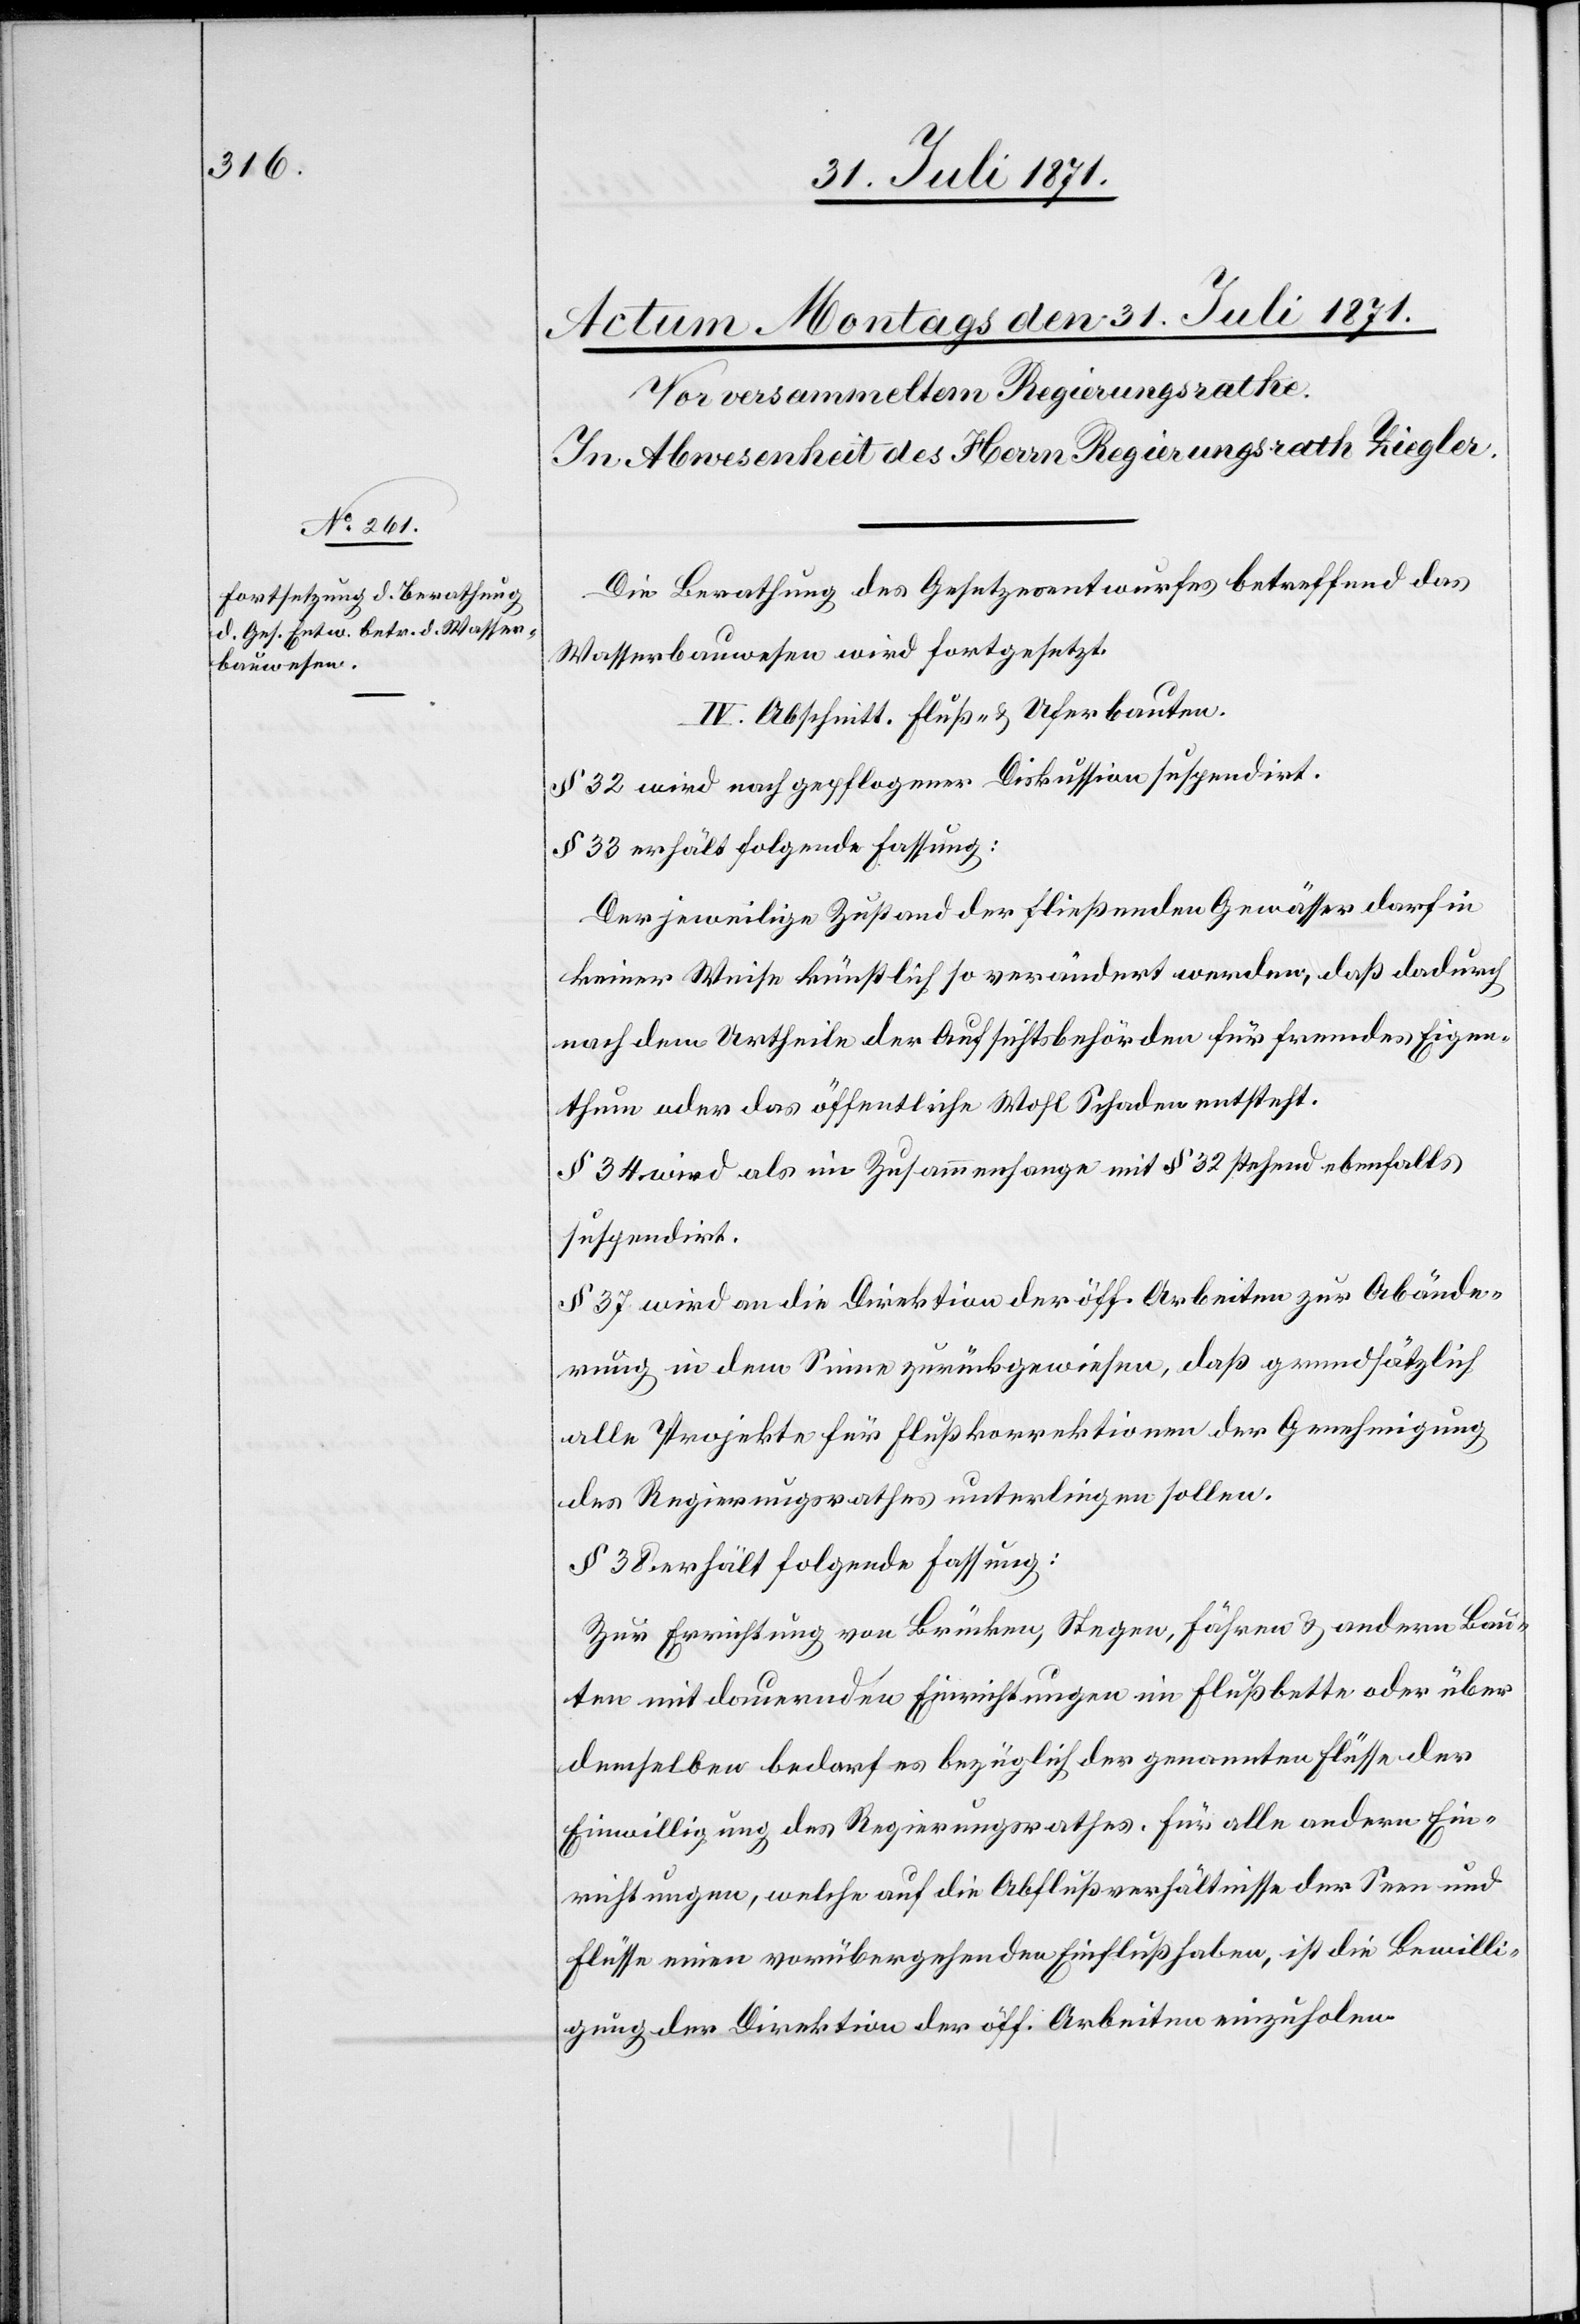
Die Berathung des Gesetzesentwurfes betreffend das
Wasserbauwesen wir fortgesetzt.
IV. Abschnitt. Fluß- u. Uferbauten.
§ 32 wird nach gepflogener Diskussion suspendirt.
§ 33 erhält folgende Fassung:
Der jeweilige Zustand der fließenden Gewässer darf in
keiner Weise künstlich so verändert werden, daß dadurch
nach dem Urtheile der Aufsichtsbehörden für fremdes Eigen¬
thum oder das öffentliche Wohl Schaden entsteht.
§ 34 wird als im Zusammenhange mit § 32 stehend ebenfalls
suspendirt.
§ 37 wird an die Direktion der öff. Arbeiten zur Abände¬
rung in dem Sinne zurückgewiesen, daß grundsätzlich
alle Projekte für Flußkorrektionen der Genehmigung
des Regierungsrathes unterliegen sollen.
§ 38 erhält folgende Fassung:
Zur Errichtung von Brücken, Stegen, Fähren u. andern Bau¬
ten mit dauernden Einrichtungen im Flußbette oder über
demselben bedarf es bezüglich der genannten Flüsse der
Einwilligung des Regierungsrathes. Für alle andern Ein¬
richtungen, welche auf die Abflußverhältnisse der Seen und
Flüsse einen vorübergehenden Einfluß haben, ist die Bewilli¬
gung der Direktion der öff. Arbeiten einzuholen.